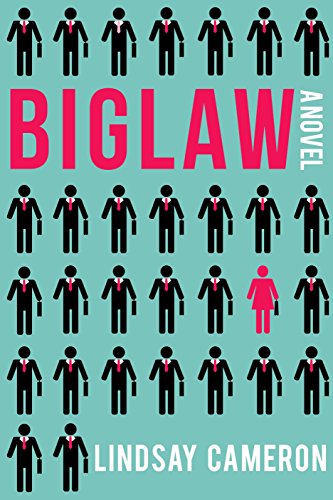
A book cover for BIGLAW: A Novel; Lindsay Cameron; Mystery, Thriller & Suspense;